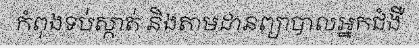
កំពុងទប់ស្កាត់ និងតាមដានព្យាបាលអ្នកជំងឺ